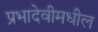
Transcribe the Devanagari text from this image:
प्रभादेवीमधील